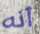
أنه